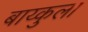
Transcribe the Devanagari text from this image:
बाय्कुला